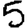
Digit: 5